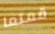
قمتما